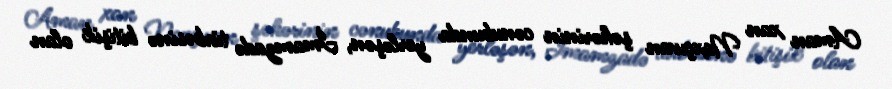
Aman xan Naxçıvan şəhərinin cənubunda yerləşən, İmamzadə türbəsinə bitişik olan